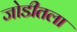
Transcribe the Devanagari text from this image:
जोडीतला